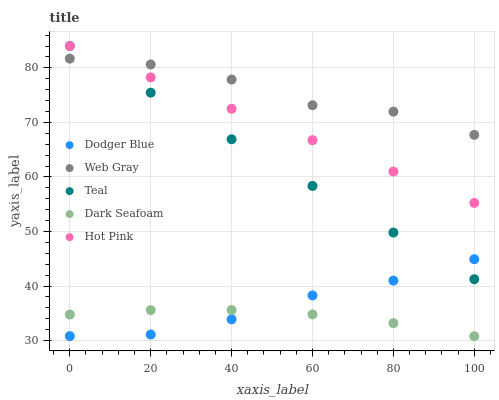
| xaxis_label | Dodger Blue | Web Gray | Teal | Dark Seafoam | Hot Pink |
 | --- | --- | --- | --- | --- | --- |
 | 0 | 30.8 | 81.7 | 84 | 34.8 | 84 |
 | 20 | 31.1 | 80.6 | 75.5 | 35.6 | 78.2 |
 | 40 | 33.9 | 77.9 | 66.9 | 35.6 | 72.5 |
 | 60 | 38.3 | 73.1 | 58.4 | 34.8 | 66.7 |
 | 80 | 41 | 72 | 49.8 | 33.2 | 61 |
 | 100 | 44.9 | 67.7 | 41.3 | 30.8 | 55.2 |